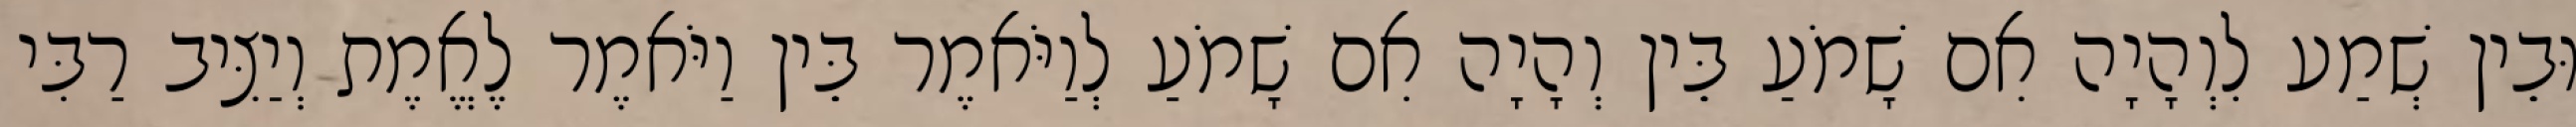
וּבֵין שְׁמַע לִוְהָיָה אִם שָׁמֹעַ בֵּין וְהָיָה אִם שָׁמֹעַ לְוַיֹּאמֶר בֵּין וַיֹּאמֶר לֶאֱמֶת וְיַצִּיב רַבִּי